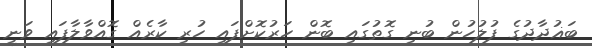
ބަޣުދާދުގެ ފުލުހުން ބުނި ގޮތުގައި ބޮން ހަރުކޮށްފައި ހުރި ކާރެއް ގޮއްވާލާފައި ވަނީ